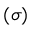
( \sigma )